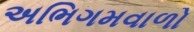
અભિગમવાળો